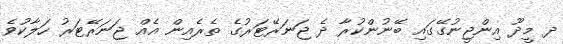
ދ މީދޫ އިންޖީނުގޭގައި ބޭނުންކުރާ ދެ ޖަނަރޭޓަރުގެ ތެރެއިން އެއް ޖަނަރޭޓަރު ހަލާކުވެ